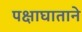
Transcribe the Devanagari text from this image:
पक्षाघाताने